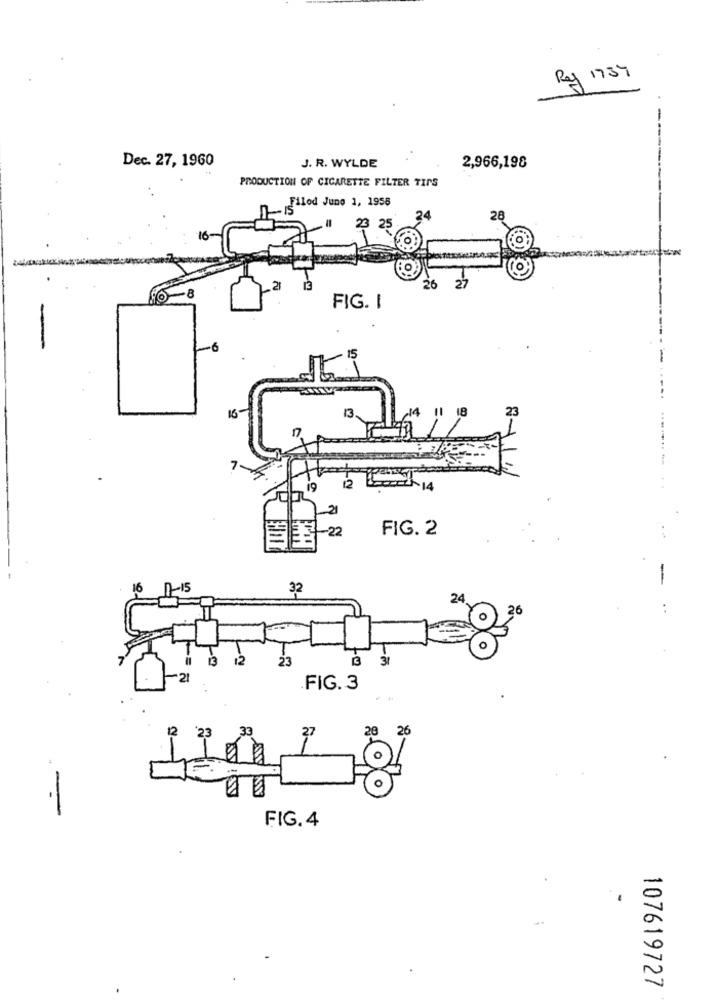
Ray 1737
Dec. 27, 1960
J. R. WYLDE
2,966,198
PRODUCTION OF CIGARETTE FILTER TIPS
n. filod June 1, 1958
28
23
25
16
21
26
io-8
FIG. I
-6
15
23
16
-
7.
14
22
FIG. 2
16
10-15
32
24
26
13
12
23
31
21
FIG. 3
12
20
26
.-
FIG. 4
107619727